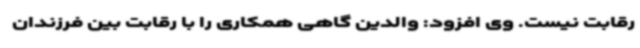
رقابت نیست. وی افزود: والدین گاهی همکاری را با رقابت بین فرزندان